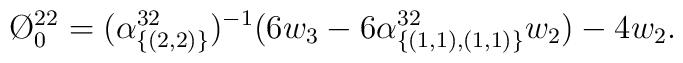
\O ^{22}_{0}=(\alpha _{\{(2,2)\}}^{32})^{-1}(6w_{3}-6\alpha ^{32}_{\{(1,1),(1,1)\}}w_{2})-4w_{2}.